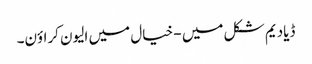
ڈیادیم شکل میں - خیال میں الیون کراؤن۔